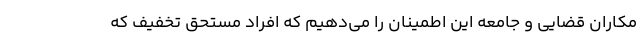
مکاران قضایی و جامعه این اطمینان را می‌دهیم که افراد مستحق تخفیف که